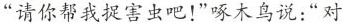
”请你帮我捉害虫吧！”啄木鸟说：”对